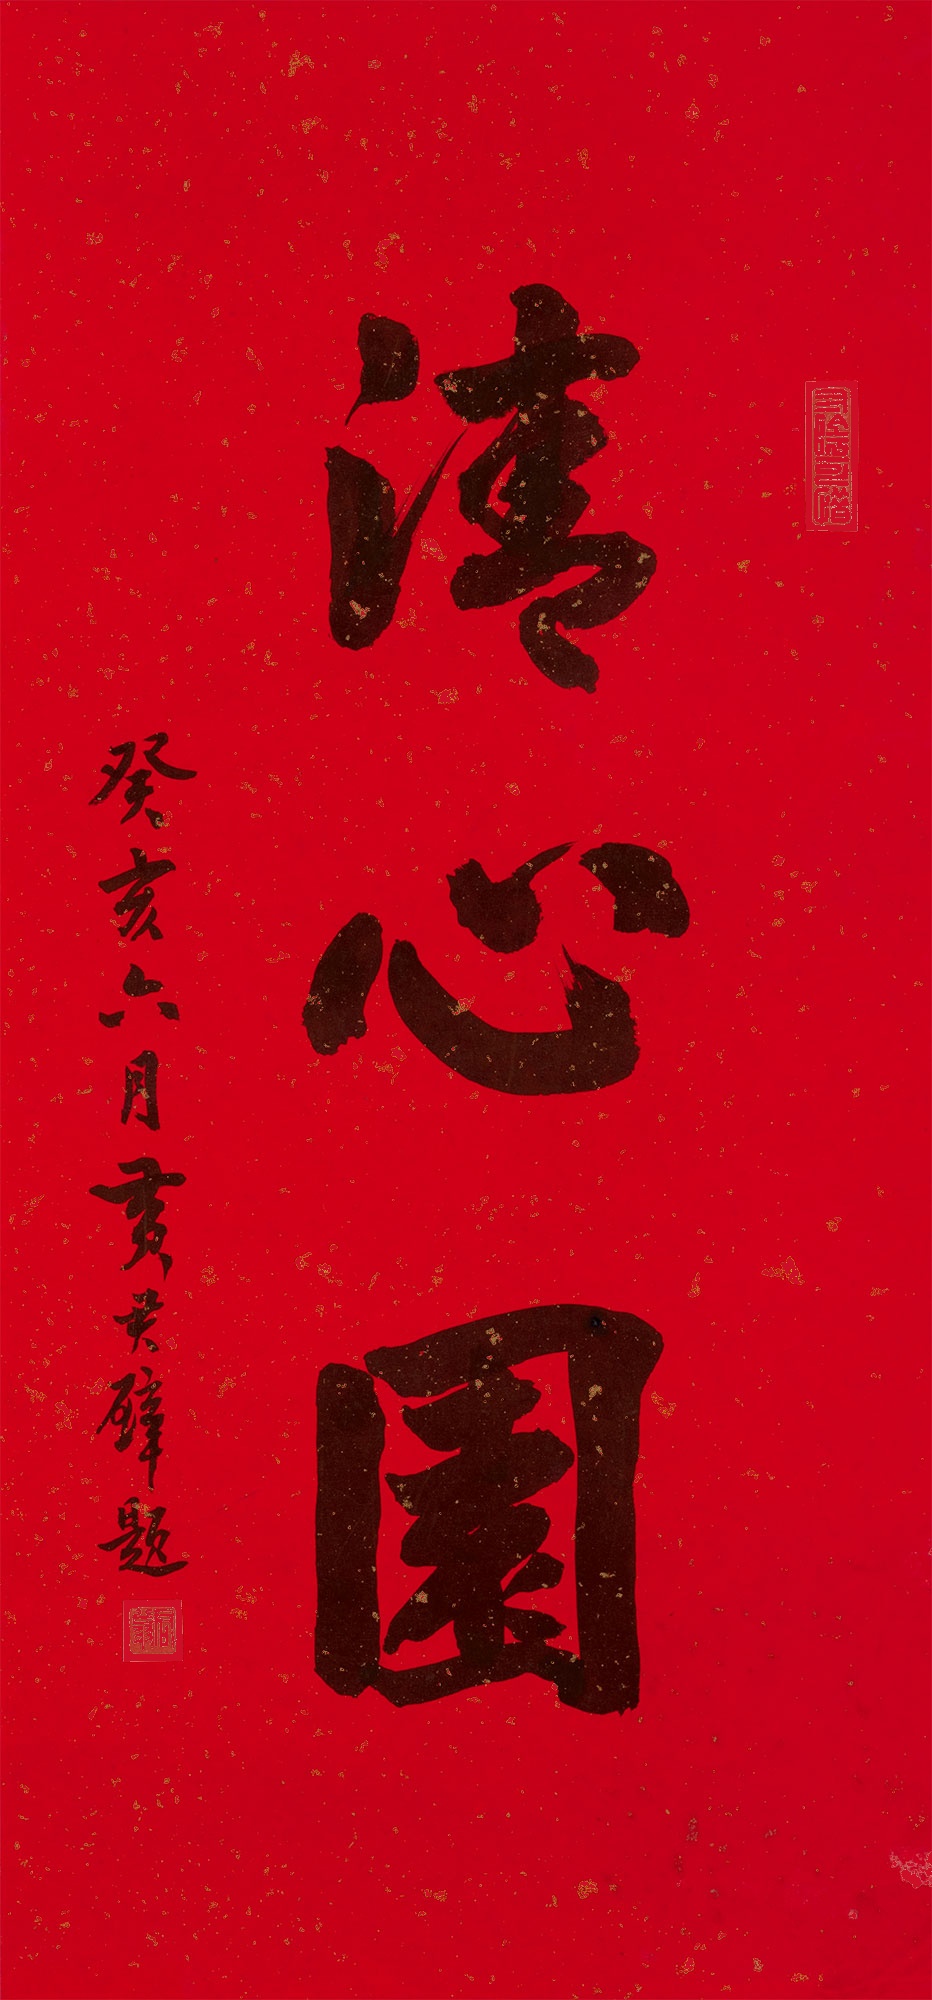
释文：清心园癸亥六月，黄君璧题。